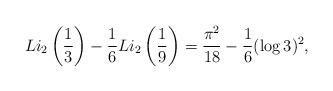
LaTeX: \begin{align*}Li_2\left(\frac{1}{3}\right)- \frac{1}{6} Li_2\left(\frac{1}{9}\right) = \frac{\pi^2}{18} - \frac{1}{6}(\log3)^2, \end{align*}